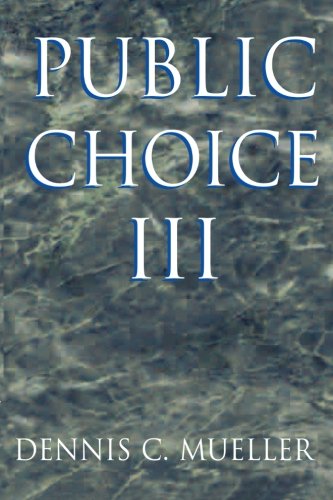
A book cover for Public Choice III; Dennis C. Mueller; Business & Money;